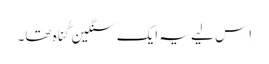
‏ اِس لیے یہ ایک سنگین گُناہ تھا۔